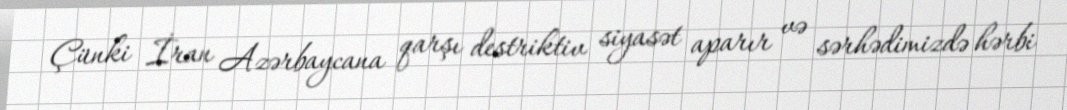
Çünki İran Azərbaycana qarşı destriktiv siyasət aparır və sərhədimizdə hərbi